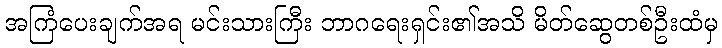
အကြံပေးချက်အရ မင်းသားကြီး ဘာဂရေးရှင်း၏အသိ မိတ်ဆွေတစ်ဦးထံမှ